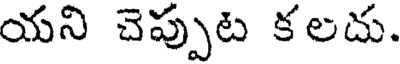
యని చెప్పుట కలదు.